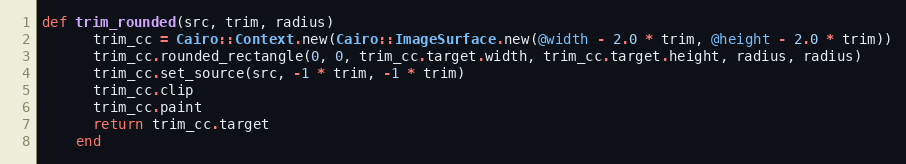
Language: Ruby
def trim_rounded(src, trim, radius)
      trim_cc = Cairo::Context.new(Cairo::ImageSurface.new(@width - 2.0 * trim, @height - 2.0 * trim))
      trim_cc.rounded_rectangle(0, 0, trim_cc.target.width, trim_cc.target.height, radius, radius)
      trim_cc.set_source(src, -1 * trim, -1 * trim)
      trim_cc.clip
      trim_cc.paint
      return trim_cc.target
    end